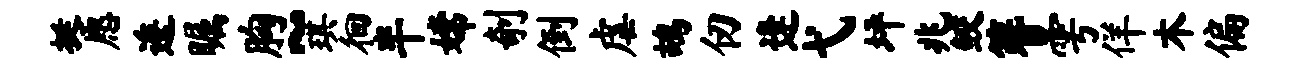
挺愿逶瞩胸~琪徊半嫦剞倒虐鸪仞逢弋坪兆鲛簪雩佯木偏